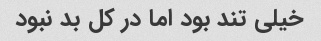
خیلی تند بود اما در کل بد نبود